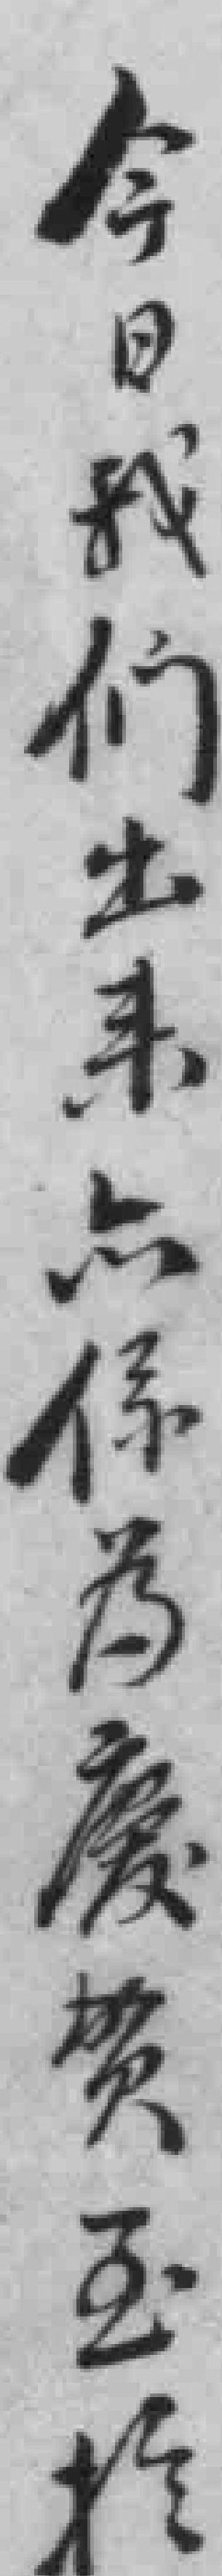
今日我们出來亦係為慶贺至於